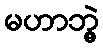
မဟာဘွဲ့